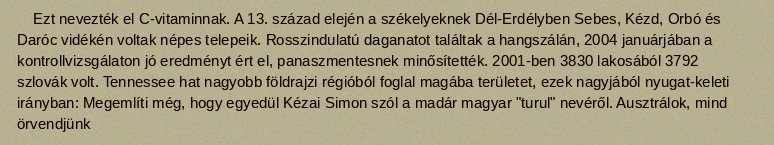
Ezt nevezték el C-vitaminnak. A 13. század elején a székelyeknek Dél-Erdélyben Sebes, Kézd, Orbó és Daróc vidékén voltak népes telepeik. Rosszindulatú daganatot találtak a hangszálán, 2004 januárjában a kontrollvizsgálaton jó eredményt ért el, panaszmentesnek minősítették. 2001-ben 3830 lakosából 3792 szlovák volt. Tennessee hat nagyobb földrajzi régióból foglal magába területet, ezek nagyjából nyugat-keleti irányban: Megemlíti még, hogy egyedül Kézai Simon szól a madár magyar "turul" nevéről. Ausztrálok, mind örvendjünk